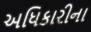
અધિકારીના